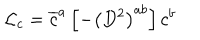
LaTeX: { \cal { L } } _ { c } = \overline { { { c } } } ^ { a } \left[ - \left( D ^ { 2 } \right) ^ { a b } \right] c ^ { b }